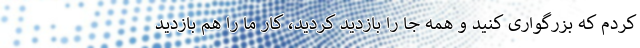
کردم که بزرگواری کنید و همه جا را بازدید کردید، کار ما را هم بازدید